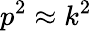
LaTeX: p^{2}\approx k^{2}